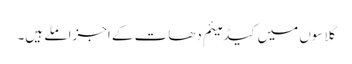
گلاسوں میں کیڈمیئم دھات کے اجزا ملے ہیں۔